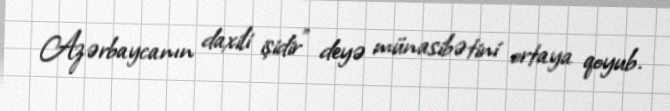
Azərbaycanın daxili işidir” deyə münasibətini ortaya qoyub.